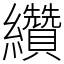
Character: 纘